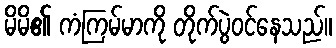
မိမိ၏ ကံကြမ်မာကို တိုက်ပွဲဝင်နေသည်။